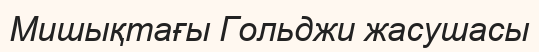
Мишықтағы Гольджи жасушасы